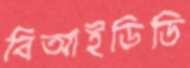
বিআইডিডি